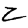
Digit: 2